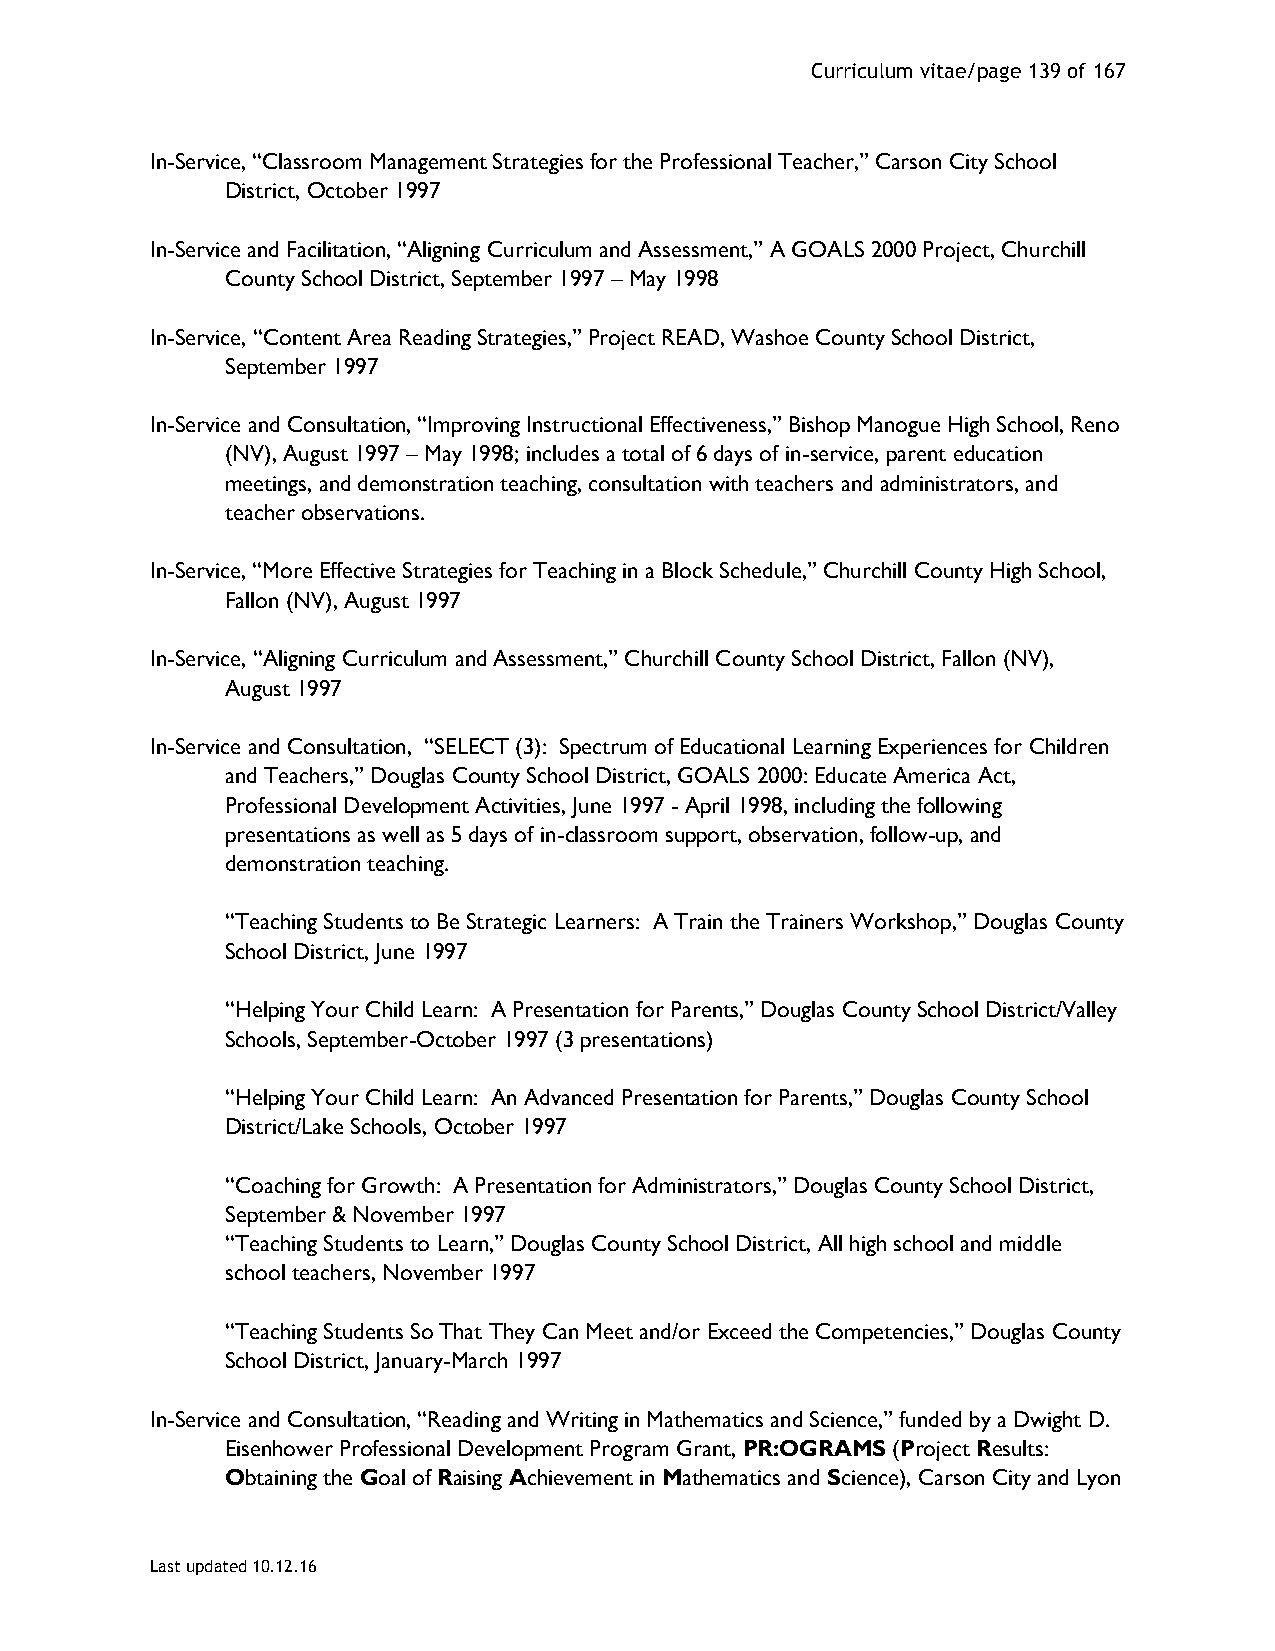
Curriculum vitae/page 139 of 167
 In-Service, “Classroom Management Strategies for the Professional Teacher,” Carson City School
 District, October 1997
 In-Service and Facilitation, “Aligning Curriculum and Assessment,” A GOALS 2000 Project, Churchill
 County School District, September 1997 – May 1998
 In-Service, “Content Area Reading Strategies,” Project READ, Washoe County School District,
 September 1997
 In-Service and Consultation, “Improving Instructional Effectiveness,” Bishop Manogue High School, Reno
 (NV), August 1997 – May 1998; includes a total of 6 days of in-service, parent education
 meetings, and demonstration teaching, consultation with teachers and administrators, and
 teacher observations.
 In-Service, “More Effective Strategies for Teaching in a Block Schedule,” Churchill County High School,
 Fallon (NV), August 1997
 In-Service, “Aligning Curriculum and Assessment,” Churchill County School District, Fallon (NV),
 August 1997
 In-Service and Consultation, “SELECT (3): Spectrum of Educational Learning Experiences for Children
 and Teachers,” Douglas County School District, GOALS 2000: Educate America Act,
 Professional Development Activities, June 1997 - April 1998, including the following
 presentations as well as 5 days of in-classroom support, observation, follow-up, and
 demonstration teaching.
 “Teaching Students to Be Strategic Learners: A Train the Trainers Workshop,” Douglas County
 School District, June 1997
 “Helping Your Child Learn: A Presentation for Parents,” Douglas County School District/Valley
 Schools, September-October 1997 (3 presentations)
 “Helping Your Child Learn: An Advanced Presentation for Parents,” Douglas County School
 District/Lake Schools, October 1997
 “Coaching for Growth: A Presentation for Administrators,” Douglas County School District,
 September & November 1997
 “Teaching Students to Learn,” Douglas County School District, All high school and middle
 school teachers, November 1997
 “Teaching Students So That They Can Meet and/or Exceed the Competencies,” Douglas County
 School District, January-March 1997
 In-Service and Consultation, “Reading and Writing in Mathematics and Science,” funded by a Dwight D.
 Eisenhower Professional Development Program Grant, PR:OGRAMS (Project Results:
 Obtaining the Goal of Raising Achievement in Mathematics and Science), Carson City and Lyon
 Last updated 10.12.16